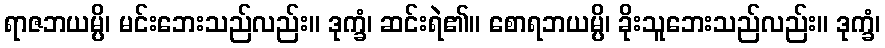
ရာဇဘယမ္ပိ၊ မင်းဘေးသည်လည်း။ ဒုက္ခံ၊ ဆင်းရဲ၏။ စောရဘယမ္ပိ၊ ခိုးသူဘေးသည်လည်း။ ဒုက္ခံ၊